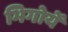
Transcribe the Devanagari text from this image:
भिगोयें